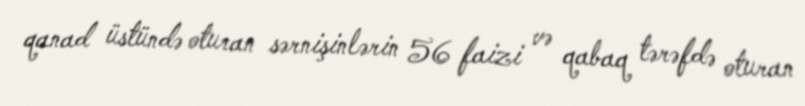
qanad üstündə oturan sərnişinlərin 56 faizi və qabaq tərəfdə oturan